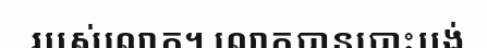
របស់លោក។ លោកបានបោះបង់